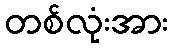
တစ်လုံးအား